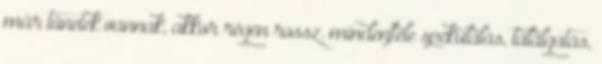
már tünetek vannak, akkor régen rossz. mindenféle spekulálás, találgatás,